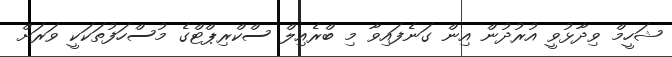
ޝަހީމް ވިދާޅުވީ އުރުދުން އިން ގަނެފައިވާ މި ބްރެއިލް ސްކްރިޕްޓްގެ މުސްހަފުތަކަކީ ވަރަށް